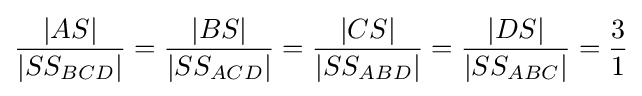
{\frac {|AS|}{|SS_{BCD}|}}={\frac {|BS|}{|SS_{ACD}|}}={\frac {|CS|}{|SS_{ABD}|}}={\frac {|DS|}{|SS_{ABC}|}}={\frac {3}{1}}